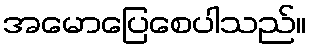
အမောပြေစေပါသည်။